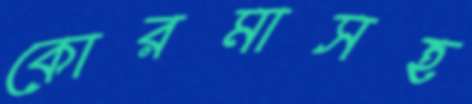
কোরমাসহ